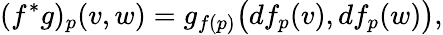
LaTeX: (f^{\ast}g)_{p}(v,w)=g_{f(p)}{\big(}df_{p}(v),df_{p}(w){\big)},